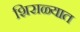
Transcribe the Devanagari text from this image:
शिराळ्यात